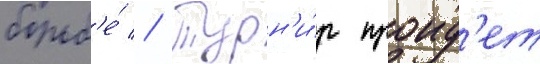
борьб'е́ // Турн'и́р проид'ет